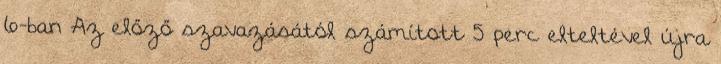
6-ban Az előző szavazásától számított 5 perc elteltével újra